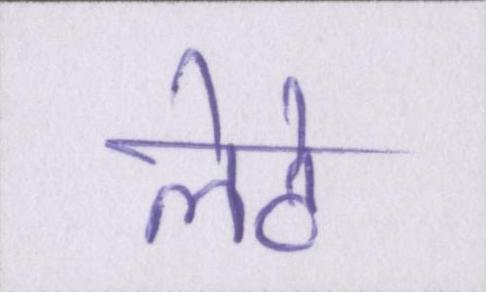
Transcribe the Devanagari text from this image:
लेटे